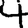
Digit: 4